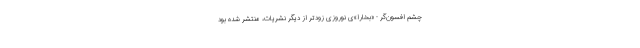
چشمِ افسون‌گر - «بخارا»ی نوروزی زودتر از دیگر نشریات، منتشر شده بود